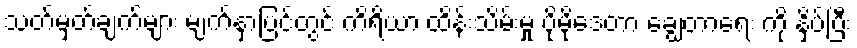
သတ်မှတ်ချက်များ မျက်နှာပြင်တွင် ကိရိယာ ထိန်းသိမ်းမှု ပိုမိုဒေတာ ချွေတာရေး ကို နှိပ်ပြီး